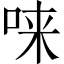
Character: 𫪁